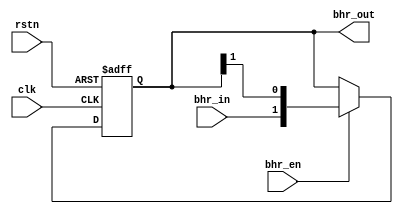
/***********************************************************************************************************
Github repo : https://github.com/Praseeda-S/RISC-V-Soc.git
Date : 20/05/2021
Authors : Praseeda S, Sanjana AR, Parvathy PH, Anna Sebastine
College Name : College of Engineering, Trivandrum
Project Name : Design and Verification of Vriddhi: A RISC-V Core
Design name : Branch History Register
Module name : BranchHistoryRegister
Description : A shift register that records last n branches encountered by the processor
***********************************************************************************************************/

module BranchHistoryRegister #(parameter REGSIZE=2)(
input  clk,
input  rstn,
input  bhr_en,
input  bhr_in,
output reg [REGSIZE-1:0] bhr_out 
);


always@(posedge clk or negedge rstn)
begin
if(~rstn)
  bhr_out <= 0;
else 
  begin
    if(bhr_en)
       bhr_out <= {bhr_in, bhr_out[REGSIZE-1:1]};
    else
       bhr_out <= bhr_out;
  end
end

endmodule